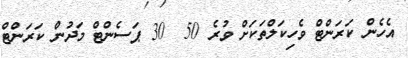
އެހެން ކަރަންޓް ވެހިކަލްތަކަށް ވުރެ 50  30 ޕަސެންޓް މަދުން ކަރަންޓް